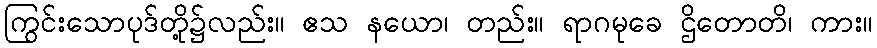
ကြွင်းသောပုဒ်တို့၌လည်း။ ဧသ နယော၊ တည်း။ ရာဂမုခေ ဌိတောတိ၊ ကား။